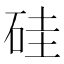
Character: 硅